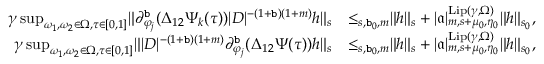
\begin{array} { r l } { \gamma \operatorname* { s u p } _ { \omega _ { 1 } , \omega _ { 2 } \in \Omega , \tau \in [ 0 , 1 ] } \rVert \partial _ { \varphi _ { j } } ^ { \mathtt { b } } ( \Delta _ { 1 2 } \Psi _ { k } ( \tau ) ) | D | ^ { - ( 1 + \mathtt { b } ) ( 1 + m ) } h \rVert _ { s } } & { \le _ { s , \mathtt { b } _ { 0 } , m } \rVert h \rVert _ { s } + | \mathfrak { a } | _ { m , s + \mu _ { 0 } , \eta _ { 0 } } ^ { \mathrm { L i p } ( \gamma , \Omega ) } \rVert h \rVert _ { s _ { 0 } } , } \\ { \gamma \operatorname* { s u p } _ { \omega _ { 1 } , \omega _ { 2 } \in \Omega , \tau \in [ 0 , 1 ] } \rVert | D | ^ { - ( 1 + \mathtt { b } ) ( 1 + m ) } \partial _ { \varphi _ { j } } ^ { \mathtt { b } } ( \Delta _ { 1 2 } \Psi ( \tau ) ) h \rVert _ { s } } & { \le _ { s , \mathtt { b } _ { 0 } , m } \rVert h \rVert _ { s } + | \mathfrak { a } | _ { m , s + \mu _ { 0 } , \eta _ { 0 } } ^ { \mathrm { L i p } ( \gamma , \Omega ) } \rVert h \rVert _ { s _ { 0 } } , } \end{array}